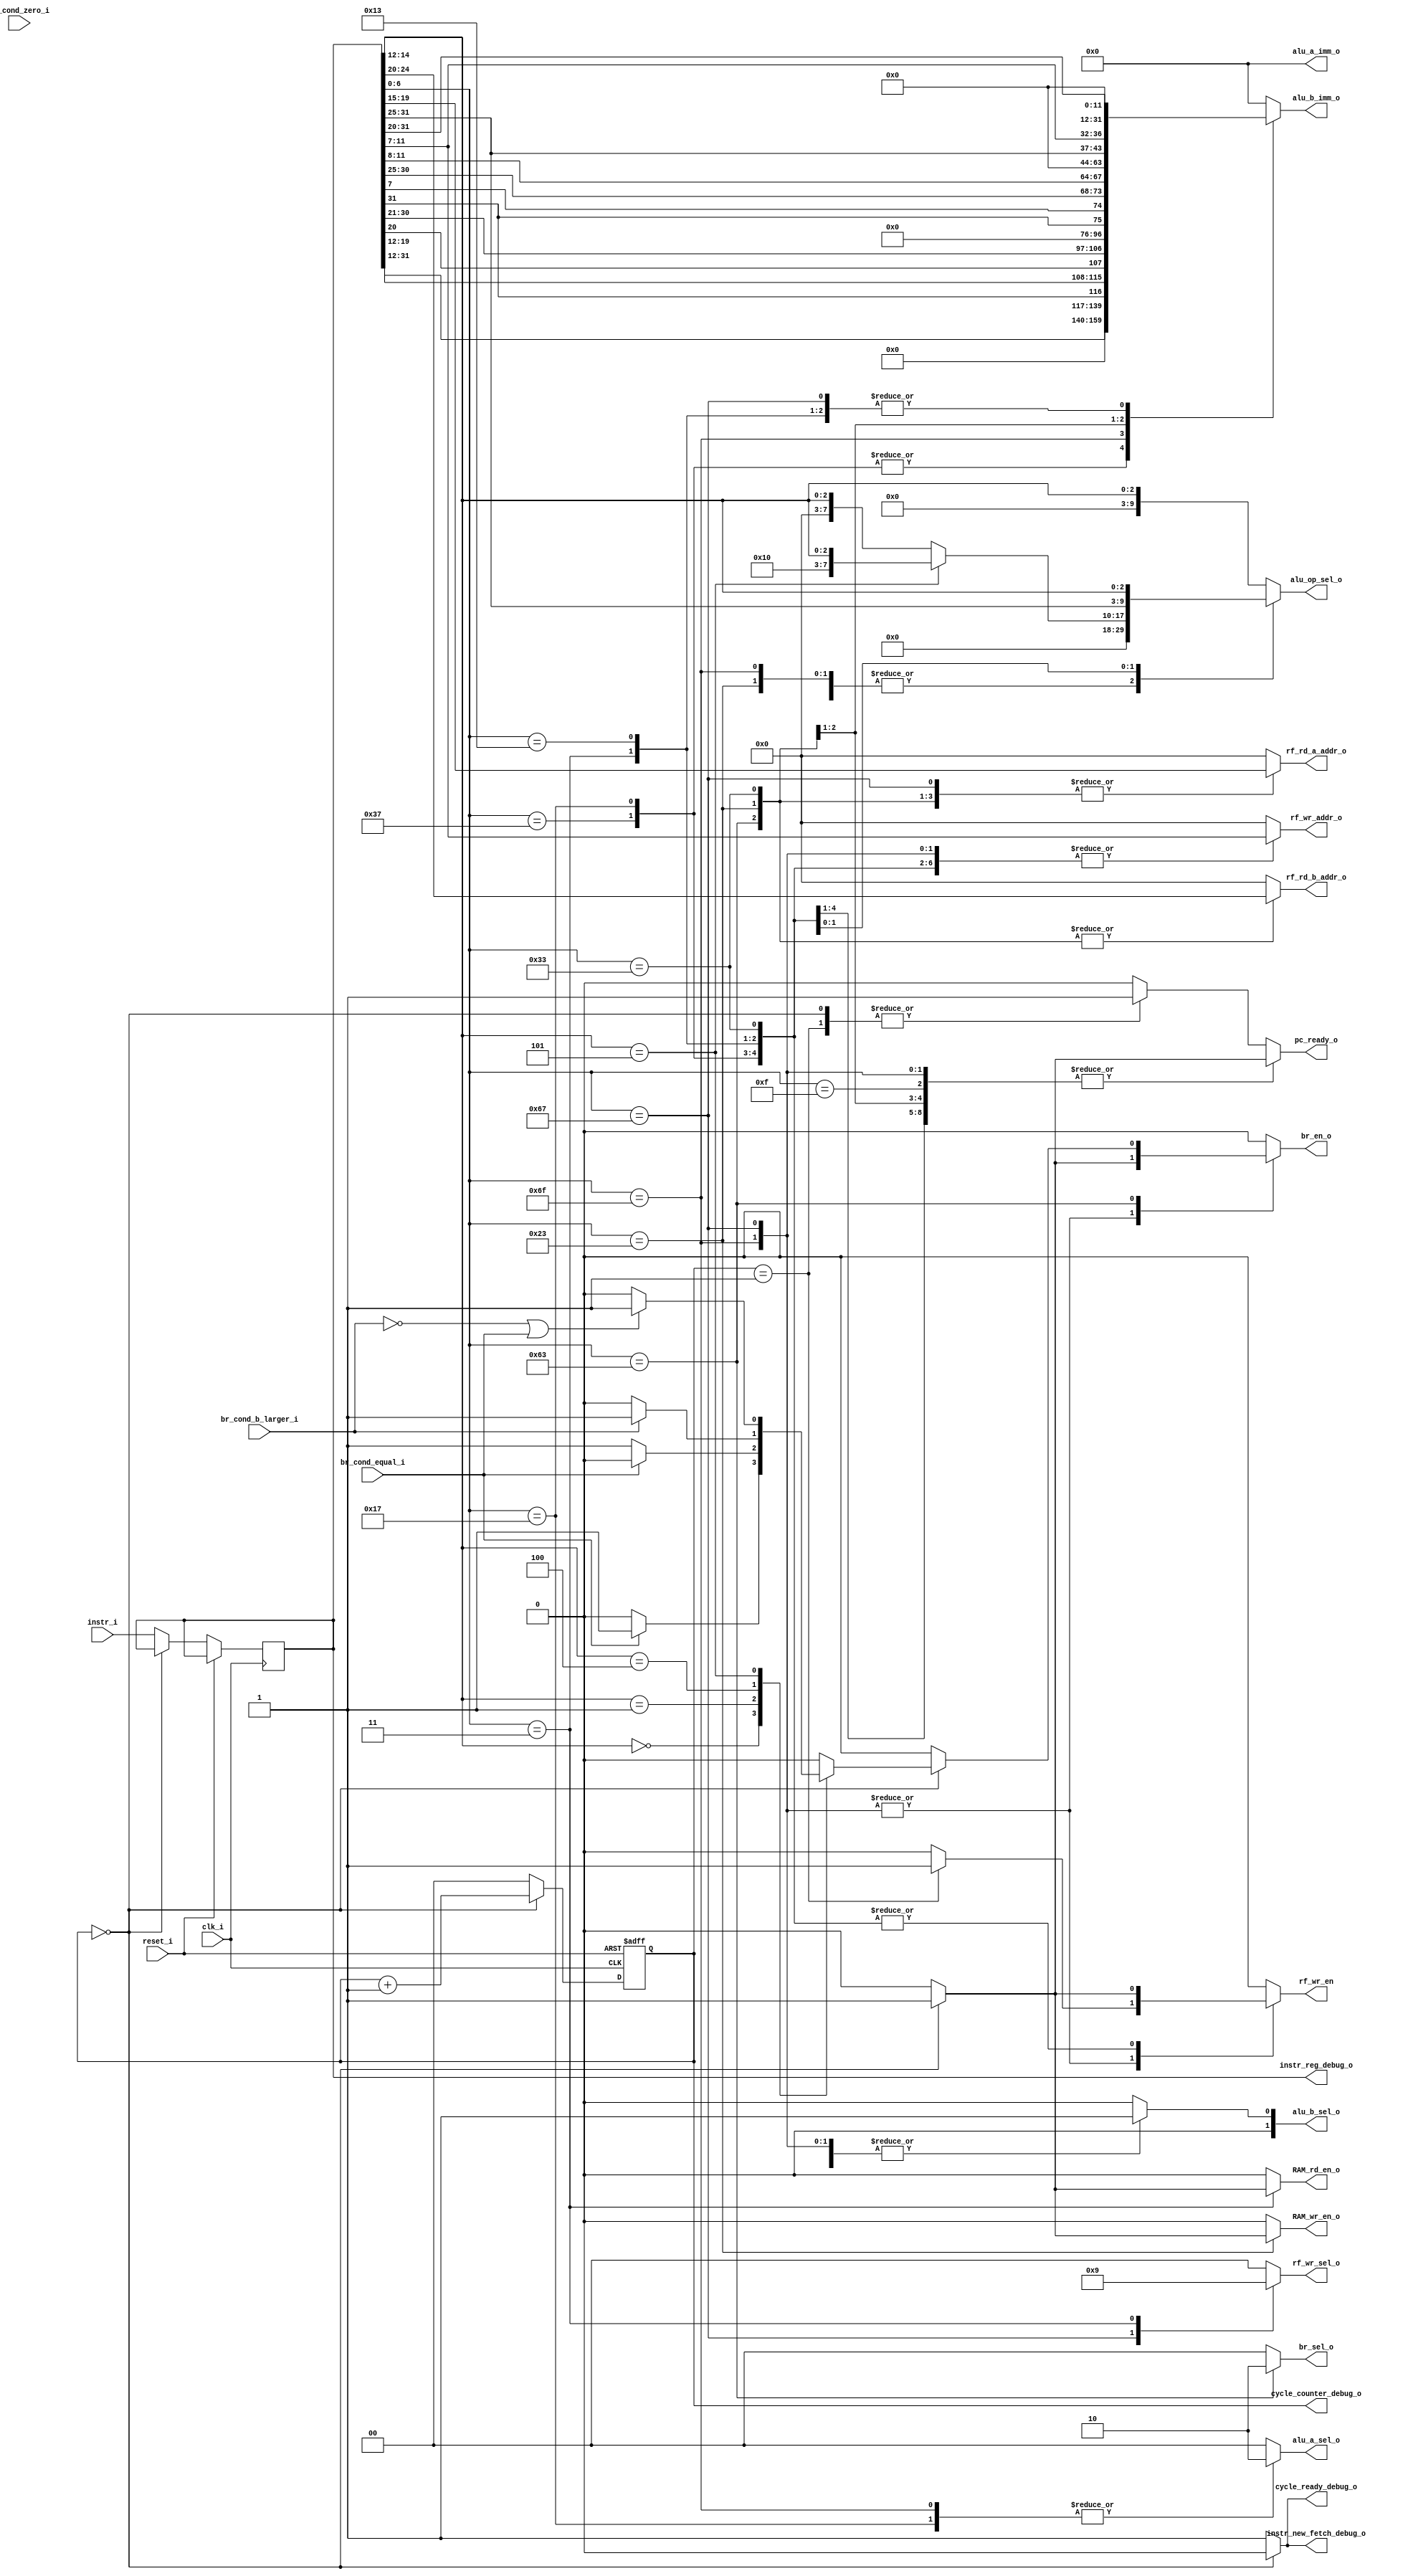

/*

	Decoder

*/

module decoder #(

parameter DATA_WIDTH=32,
parameter IMMEDIATE_WIDTH=12,
parameter INSTR_WIDTH=32,
parameter RF_ADDR_BUS_WIDTH=5,
parameter ALU_OP_WIDTH=10


)(

input clk_i,
input reset_i,


//Instruction from ROM
input [INSTR_WIDTH-1:0] instr_i,

//Branch condition on comparison from CSR
input br_cond_equal_i,
input br_cond_b_larger_i,
input br_cond_zero_i,

//PC control signals
output reg pc_ready_o,
output reg br_en_o,

//PC branch addres MUX
output reg [1:0] br_sel_o,

//ALU immediate operands
output reg [DATA_WIDTH-1:0] alu_a_imm_o,
output reg [DATA_WIDTH-1:0] alu_b_imm_o,

//ALU operands MUX
output reg [1:0] alu_a_sel_o,
output reg [1:0] alu_b_sel_o,

//ALU operation 
output reg [ALU_OP_WIDTH-1:0] alu_op_sel_o,

//Register file data write MUX
output reg [1:0] rf_wr_sel_o,

//Register file control signals
output reg rf_wr_en,
output reg [RF_ADDR_BUS_WIDTH-1:0] rf_rd_a_addr_o,
output reg [RF_ADDR_BUS_WIDTH-1:0] rf_rd_b_addr_o,
output reg [RF_ADDR_BUS_WIDTH-1:0] rf_wr_addr_o,

//RAM control signals
output reg RAM_wr_en_o,
output reg RAM_rd_en_o,

output reg [1:0] cycle_counter_debug_o,
output reg [DATA_WIDTH-1:0] instr_reg_debug_o,
output reg instr_new_fetch_debug_o,
output reg cycle_ready_debug_o

	
);

reg [1:0] cycle_counter;
reg [DATA_WIDTH-1:0] instr_reg;

reg instr_new_fetch;
reg cycle_ready;

always @(*)
begin
	
	case(instr_reg[6:0])
	
		//LUI
		7'b0110111: 
		begin
			alu_a_imm_o = 0;
			alu_b_imm_o = instr_reg[31:12]<<12;
			
			alu_a_sel_o = 2'b00; //A-rs1
			alu_b_sel_o = 2'b01; //B-immediate
			
			alu_op_sel_o = 0;
			
			rf_rd_a_addr_o = 0; //x0
			rf_rd_b_addr_o = 0;
			rf_wr_sel_o = 2'b00; //Wr-ALU
			rf_wr_addr_o = instr_reg[11:7]; 
			
			br_sel_o = 2'b00; //ALU Res
			
			
			RAM_wr_en_o = 1'b0;
			RAM_rd_en_o = 1'b0;

		
			case(cycle_counter)
			
			2'b00: 
			begin
			
				rf_wr_en = 1'b1;
				br_en_o = 1'b0;
				pc_ready_o = 1'b1;
				instr_new_fetch = 1'b0;
				cycle_ready = 1'b0;	
				
			
			end
			2'b01:
			begin
				
				rf_wr_en = 1'b0;
				br_en_o = 1'b0;
				pc_ready_o = 1'b0;
				instr_new_fetch = 1'b1;
				cycle_ready = 1'b1;	
				
			end

			default: 
			begin
			
				rf_wr_en = 1'b0;
				br_en_o = 1'b0;
				pc_ready_o = 1'b0;
				instr_new_fetch = 1'b1;
				cycle_ready = 1'b1;	
				
			end
			
			endcase		
		end		
		//AUIPC
		7'b0010111:
		begin
			alu_a_imm_o = 0;
			alu_b_imm_o = instr_reg[31:12]<<12;
			
			alu_a_sel_o = 2'b10; //A-PC
			alu_b_sel_o = 2'b01; //B-immediate
			
			alu_op_sel_o = 0;
			
			rf_rd_a_addr_o = 0; //x0
			rf_rd_b_addr_o = 0;
			rf_wr_sel_o = 2'b00; //Wr-ALU
			rf_wr_addr_o = instr_reg[11:7]; 
			
			br_sel_o = 2'b00; //ALU Res
			
			
			RAM_wr_en_o = 1'b0;
			RAM_rd_en_o = 1'b0;

		
			case(cycle_counter)
			
			2'b00: 
			begin
			
				rf_wr_en = 1'b1;
				br_en_o = 1'b0;
				pc_ready_o = 1'b1;
				instr_new_fetch = 1'b0;
				cycle_ready = 1'b0;	
				
			
			end
			2'b01:
			begin
				
				rf_wr_en = 1'b0;
				br_en_o = 1'b0;
				pc_ready_o = 1'b0;
				instr_new_fetch = 1'b1;
				cycle_ready = 1'b1;	
				
			end

			default:
			begin
			
				rf_wr_en = 1'b0;
				br_en_o = 1'b0;
				pc_ready_o = 1'b0;
				instr_new_fetch = 1'b1;
				cycle_ready = 1'b1;	
				
				
			end
			
			endcase		
		end			
		//JAL
		7'b1101111:
		begin
			alu_a_imm_o = 0;
			alu_b_imm_o = {instr_reg[31], instr_reg[19:12], instr_reg[20], instr_reg[30:21]}<<1;
			
			alu_a_sel_o = 2'b10; //A-PC
			alu_b_sel_o = 2'b01; //B-immediate
			
			alu_op_sel_o = 0;
			
			rf_rd_a_addr_o = 0; 
			rf_rd_b_addr_o = 0;
			rf_wr_sel_o = 2'b00; //Wr-ALU
			rf_wr_addr_o = instr_reg[11:7]; 
			
			br_sel_o = 2'b00; //ALU Res
			
			
			RAM_wr_en_o = 1'b0;
			RAM_rd_en_o = 1'b0;

		
			case(cycle_counter)
			
			2'b00: 
			begin
			
				rf_wr_en = 1'b0;
				br_en_o = 1'b1;
				pc_ready_o = 1'b1;
				instr_new_fetch = 1'b0;
				cycle_ready = 1'b0;	
				
			
			end
			2'b01:
			begin
				
				rf_wr_en = 1'b1;
				br_en_o = 1'b0;
				pc_ready_o = 1'b0;
				instr_new_fetch = 1'b1;
				cycle_ready = 1'b1;	
				
			end

			default:
			begin
			
				rf_wr_en = 1'b0;
				br_en_o = 1'b0;
				pc_ready_o = 1'b0;
				instr_new_fetch = 1'b1;
				cycle_ready = 1'b1;	
				
			end			
			
			endcase		
		end		
		//JALR
		7'b1100111:
		begin
			alu_a_imm_o = 0;
			alu_b_imm_o = instr_reg[31:20];
			
			alu_a_sel_o = 2'b00; //A-rs1
			alu_b_sel_o = 2'b01; //B-immediate
			
			alu_op_sel_o = instr_reg[14:12];
			
			rf_rd_a_addr_o = instr_reg[19:15]; //rs1 - A
			rf_rd_b_addr_o = 0;
			rf_wr_sel_o = 2'b10; //Wr-PC
			rf_wr_addr_o = instr_reg[11:7]; 
			
			br_sel_o = 2'b00; //ALU Res
			
			
			RAM_wr_en_o = 1'b0;
			RAM_rd_en_o = 1'b0;

		
			case(cycle_counter)
			
			2'b00: 
			begin
			
				rf_wr_en = 1'b0;
				br_en_o = 1'b1;
				pc_ready_o = 1'b1;
				instr_new_fetch = 1'b0;
				cycle_ready = 1'b0;	
				
			
			end
			2'b01:
			begin
				
				rf_wr_en = 1'b1;
				br_en_o = 1'b0;
				pc_ready_o = 1'b0;
				instr_new_fetch = 1'b1;
				cycle_ready = 1'b1;	
				
			end

			default: 
			begin
			
				rf_wr_en = 1'b0;
				br_en_o = 1'b0;
				pc_ready_o = 1'b0;
				instr_new_fetch = 1'b1;
				cycle_ready = 1'b1;	
				
			end			
			endcase		
		end		
				
		
		
		//B-Type
		7'b1100011:
		begin
			alu_a_imm_o = 0;
			alu_b_imm_o = {instr_reg[31],instr_reg[7], instr_reg[30:25], instr_reg[11:8]};
			
			alu_a_sel_o = 2'b00; //A-rs1
			alu_b_sel_o = 2'b00; //B-rs2
			
			alu_op_sel_o = 0;
			
			rf_rd_a_addr_o = instr_reg[19:15]; //rs1 - A
			rf_rd_b_addr_o = instr_reg[24:20]; //rs2 - B
			rf_wr_sel_o = 2'b00; //Wr-ALU
			rf_wr_addr_o = 0; 
			
			br_sel_o = 2'b10; //Sign-extended immediate
			
			RAM_wr_en_o = 0;
			RAM_rd_en_o = 0;

		
			case(cycle_counter)
			
			2'b00: 
			begin
			
				rf_wr_en = 1'b0;
				br_en_o = 1'b0;
				
				case(instr_reg[14:12])
				
				3'b000: //BEQ
				begin
						if(br_cond_equal_i == 1'b1) br_en_o = 1'b1;
						else br_en_o = 1'b0;
				end
				
				3'b001: //BNE
				begin
						if(br_cond_equal_i == 1'b1) br_en_o = 1'b0;
						else br_en_o = 1'b1;
				end
				
				3'b100: //BLT 
				begin
						if(br_cond_b_larger_i == 1'b1) br_en_o = 1'b1;
						else br_en_o = 1'b0;
				end
				
				3'b110: //ADD BLTU
				begin
					br_en_o = 1'b0;
				end
				
				3'b101: //BGE
				begin
					if((br_cond_b_larger_i == 1'b0) || (br_cond_equal_i == 1'b1)) br_en_o = 1'b1;
					else br_en_o = 1'b0;
				end
				
				3'b111://ADD BGEU
				begin
					br_en_o = 1'b0;
				end
				
				endcase

				pc_ready_o = 1'b1;
				
				instr_new_fetch = 1'b0;
				cycle_ready = 1'b0;	
				
			
			end
			2'b01:
			begin
				
				rf_wr_en = 1'b0;
				br_en_o = 1'b0;
				pc_ready_o = 1'b0;
				instr_new_fetch = 1'b1;
				cycle_ready = 1'b1;	
				
			end

			default: 
			begin
			
				rf_wr_en = 1'b0;
				br_en_o = 1'b0;
				pc_ready_o = 1'b0;
				instr_new_fetch = 1'b1;
				cycle_ready = 1'b1;	
				
			end			
			endcase		
		end		
		
		//Load
		7'b0000011:
		begin
			alu_a_imm_o = 0;
			alu_b_imm_o = instr_reg[31:20];
			
			alu_a_sel_o = 2'b00; //A-rs1
			alu_b_sel_o = 2'b01; //B-Immediate
			
			alu_op_sel_o = 3'b000; //Add - I have to distinguish between LW, LH, LB
			
			rf_rd_a_addr_o = instr_reg[19:15]; //rs1 - base addres
			rf_rd_b_addr_o = 0; 
			rf_wr_sel_o = 2'b01; //Wr-MEM
			rf_wr_addr_o = instr_reg[11:7]; 
			
			br_sel_o = 2'b00; 
			
			RAM_wr_en_o = 0;

		
			case(cycle_counter)
			
			2'b00: 
			begin
			
				rf_wr_en = 1'b1;
				br_en_o = 1'b0;
				pc_ready_o = 1'b1;
				instr_new_fetch = 1'b0;
				RAM_rd_en_o = 1'b1;
				cycle_ready = 1'b0;	
				
			
			end
			2'b01:
			begin
			
				rf_wr_en = 1'b0;
				br_en_o = 1'b0;
				pc_ready_o = 1'b0;
				instr_new_fetch = 1'b1;
				RAM_rd_en_o = 1'b0;
				cycle_ready = 1'b1;	
				
			end

			default: 
			begin
			
				rf_wr_en = 1'b0;
				br_en_o = 1'b0;
				pc_ready_o = 1'b0;
				instr_new_fetch = 1'b1;
				cycle_ready = 1'b1;	
				RAM_rd_en_o = 1'b0;
				
			end
			endcase		
		end
		
		//Store
		7'b0100011:
		begin
			alu_a_imm_o = 0;
			alu_b_imm_o = {instr_reg[31:25], instr_reg[11:7]};
			
			alu_a_sel_o = 2'b00; //A-rs1
			alu_b_sel_o = 2'b01; //B-Immediate
			
			alu_op_sel_o = 3'b000; //Add - I have to distinguish between SW, SH, SB
			
			rf_rd_a_addr_o = instr_reg[19:15]; //rs1 - base addres
			rf_rd_b_addr_o = instr_reg[24:20]; //rs2 - data to write
			rf_wr_sel_o = 2'b00; //Wr-ALU
			rf_wr_addr_o = 0;
			
			br_sel_o = 2'b00;
			
			RAM_rd_en_o = 0;

		
			case(cycle_counter)
			
			2'b00: 
			begin
			
				rf_wr_en = 1'b0;
				br_en_o = 1'b0;
				pc_ready_o = 1'b1;
				instr_new_fetch = 1'b0;
				RAM_wr_en_o = 1'b1;
				cycle_ready = 1'b0;	
			
			end
			2'b01:
			begin
			
				rf_wr_en = 1'b0;
				br_en_o = 1'b0;
				pc_ready_o = 1'b0;
				instr_new_fetch = 1'b1;
				RAM_wr_en_o = 1'b0;
				cycle_ready = 1'b1;	
				
			end

			default: 
			begin
			
				rf_wr_en = 1'b0;
				br_en_o = 1'b0;
				pc_ready_o = 1'b0;
				instr_new_fetch = 1'b1;
				cycle_ready = 1'b1;	
				RAM_wr_en_o = 1'b0;
				
			end
			endcase		
		end	
		//I-type
		7'b0010011:
		begin
			
			alu_a_imm_o = 0;
			alu_b_imm_o = instr_reg[31:20];
			
			alu_a_sel_o = 2'b00; //A-rs1
			alu_b_sel_o = 2'b01; //B-immediate
			
			if(instr_reg[14:12] == 3'b101) alu_op_sel_o = {7'b010000,instr_reg[14:12]}; //SRAI
			else alu_op_sel_o = {7'b000000,instr_reg[14:12]};
			
			rf_rd_a_addr_o = instr_reg[19:15];
			rf_rd_b_addr_o = 0;
			rf_wr_sel_o = 2'b00; //Wr-ALU
			rf_wr_addr_o = instr_reg[11:7];
			
			br_sel_o = 2'b00;
			br_en_o = 1'b0;
			
			RAM_rd_en_o = 1'b0;
			RAM_wr_en_o = 1'b0;
			
			case(cycle_counter)
			
			2'b00: 
			begin
			
				rf_wr_en = 1'b1;
				br_en_o = 1'b0;
				pc_ready_o = 1'b1;
				instr_new_fetch = 1'b0;
				cycle_ready = 1'b0;	
			
			end
			2'b01:
			begin
			
				rf_wr_en = 1'b0;
				br_en_o = 1'b0;
				pc_ready_o = 1'b0;
				instr_new_fetch = 1'b1;
				cycle_ready = 1'b1;	
				
			end	
			default: 
			begin
			
				rf_wr_en = 1'b0;
				br_en_o = 1'b0;
				pc_ready_o = 1'b0;
				instr_new_fetch = 1'b1;
				cycle_ready = 1'b1;	
				
			end
			endcase
						
			
			
		end
		//R-type
		7'b0110011:
		begin
		
			alu_a_imm_o = 0;
			alu_b_imm_o = 0;
			
			alu_a_sel_o = 2'b00; //A-rs1
			alu_b_sel_o = 2'b00; //B-rs2
			
			alu_op_sel_o = {instr_reg[31:25], instr_reg[14:12]};
			
			rf_rd_a_addr_o = instr_reg[19:15];
			rf_rd_b_addr_o = instr_reg[24:20];
			rf_wr_sel_o = 2'b00; //Wr-ALU
			rf_wr_addr_o = instr_reg[11:7];
			
			br_sel_o = 2'b00;
			
			RAM_rd_en_o = 1'b0;
			RAM_wr_en_o = 1'b0;
			
			case(cycle_counter)
			
			2'b00: 
			begin
				
				rf_wr_en = 1'b1;
				br_en_o = 1'b0;
				pc_ready_o = 1'b1;
				instr_new_fetch = 1'b0;
				cycle_ready = 1'b0;	
			
			end
			2'b01:
			begin
			
				rf_wr_en = 1'b0;
				br_en_o = 1'b0;
				pc_ready_o = 1'b1;
				instr_new_fetch = 1'b1;
				cycle_ready = 1'b1;	
				
			end	
			default: 
			begin
			
				rf_wr_en = 1'b0;
				br_en_o = 1'b0;
				pc_ready_o = 1'b0;
				instr_new_fetch = 1'b1;
				cycle_ready = 1'b1;	
				
			end
			endcase
			
		end
		//Fence
		7'b0001111:
		begin
		
			alu_a_imm_o = 0;
			alu_b_imm_o = 0;
			
			alu_a_sel_o = 2'b00; //A-rs1
			alu_b_sel_o = 2'b00; //B-rs2
			
			alu_op_sel_o = instr_reg[14:12];
			
			rf_rd_a_addr_o = 0;
			rf_rd_b_addr_o = 0;
			rf_wr_sel_o = 2'b00; //Wr-ALU
			rf_wr_addr_o = 0;
			
			br_sel_o = 2'b00;
			
			RAM_rd_en_o = 1'b0;
			RAM_wr_en_o = 1'b0;
			
			case(cycle_counter)
			
			2'b00: 
			begin
				
				rf_wr_en = 1'b0;
				br_en_o = 1'b0;
				pc_ready_o = 1'b1;
				instr_new_fetch = 1'b0;
				cycle_ready = 1'b0;	
			
			end
			2'b01: 
			begin
			
				rf_wr_en = 1'b0;
				br_en_o = 1'b0;
				pc_ready_o = 1'b0;
				instr_new_fetch = 1'b1;
				cycle_ready = 1'b1;	
				
			end	
			default: 
			begin
			
				rf_wr_en = 1'b0;
				br_en_o = 1'b0;
				pc_ready_o = 1'b0;
				instr_new_fetch = 1'b1;
				cycle_ready = 1'b1;	
				
			end
			endcase
		end
		
		//Ecall,Ebreak
		7'b1110011:
		begin
		
			alu_a_imm_o = 0;
			alu_b_imm_o = 0;
			
			alu_a_sel_o = 2'b00; //A-rs1
			alu_b_sel_o = 2'b00; //B-rs2
			
			alu_op_sel_o = instr_reg[14:12];
			
			rf_rd_a_addr_o = 0;
			rf_rd_b_addr_o = 0;
			rf_wr_sel_o = 2'b00; //Wr-ALU
			rf_wr_addr_o = 0;
			
			br_sel_o = 2'b00;
			
			RAM_rd_en_o = 1'b0;
			RAM_wr_en_o = 1'b0;
			
			case(cycle_counter)
			
			2'b00: 
			begin
				
				rf_wr_en = 1'b0;
				br_en_o = 1'b0;
				pc_ready_o = 1'b1;
				instr_new_fetch = 1'b0;
				cycle_ready = 1'b0;	
			
			end
			2'b01: 
			begin
			
				rf_wr_en = 1'b0;
				br_en_o = 1'b0;
				pc_ready_o = 1'b1;
				instr_new_fetch = 1'b1;
				cycle_ready = 1'b1;	
				
			end	
			default: 
			begin
			
				rf_wr_en = 1'b0;
				br_en_o = 1'b0;
				pc_ready_o = 1'b0;
				instr_new_fetch = 1'b1;
				cycle_ready = 1'b1;	
				
			end
			endcase
		end

		default:
		begin
		
			alu_a_imm_o = 0;
			alu_b_imm_o = 0;
			
			alu_a_sel_o = 2'b00; //A-rs1
			alu_b_sel_o = 2'b00; //B-rs2
			
			alu_op_sel_o = instr_reg[14:12];
			
			rf_rd_a_addr_o = 0;
			rf_rd_b_addr_o = 0;
			rf_wr_sel_o = 2'b00; //Wr-ALU
			rf_wr_addr_o = 0;
			
			br_sel_o = 2'b00;
			
			RAM_rd_en_o = 1'b0;
			RAM_wr_en_o = 1'b0;
			
			case(cycle_counter)
			
			2'b00: 
			begin
				
				rf_wr_en = 1'b0;
				br_en_o = 1'b0;
				pc_ready_o = 1'b1;
				instr_new_fetch = 1'b0;
				cycle_ready = 1'b0;	
			
			end
			2'b01: 
			begin
			
				rf_wr_en = 1'b0;
				br_en_o = 1'b0;
				pc_ready_o = 1'b1;
				instr_new_fetch = 1'b1;
				cycle_ready = 1'b1;	
				
			end	
			default: 
			begin
			
				rf_wr_en = 1'b0;
				br_en_o = 1'b0;
				pc_ready_o = 1'b0;
				instr_new_fetch = 1'b1;
				cycle_ready = 1'b1;	
				
			end			

			endcase
		end
		
	
	endcase
	
	instr_reg_debug_o = instr_reg;
	cycle_counter_debug_o = cycle_counter;
	cycle_ready_debug_o = cycle_ready;
	instr_new_fetch_debug_o = instr_new_fetch;
	
end


always @(posedge clk_i or posedge reset_i)
begin

	if(reset_i) cycle_counter = 2'b11;
	else
	begin
		if(cycle_ready == 0) cycle_counter = cycle_counter + 1;
		else cycle_counter = 2'b00;
		
		if(instr_new_fetch == 1'b1) instr_reg <= instr_i;
	
	end
end


endmodule